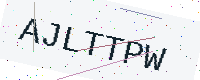
Text: AJLTTPW